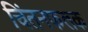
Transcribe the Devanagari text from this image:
चिंतनफलक